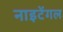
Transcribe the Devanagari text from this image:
नाइटेंगल